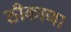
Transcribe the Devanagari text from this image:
ठीकाणा